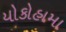
યોકોહામા